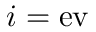
i = \mathrm { e v }